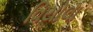
વિયોલા